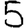
Digit: 5